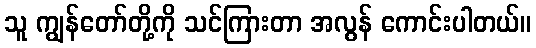
သူ ကျွန်တော်တို့ကို သင်ကြားတာ အလွန် ကောင်းပါတယ်။